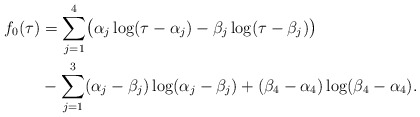
\begin{align*}f_0(\tau)&=\sum_{j=1}^4\bigl(\alpha_j\log(\tau-\alpha_j)-\beta_j\log(\tau-\beta_j)\bigr)\\ &-\sum_{j=1}^3(\alpha_j-\beta_j)\log(\alpha_j-\beta_j)+(\beta_4-\alpha_4)\log(\beta_4-\alpha_4).\end{align*}